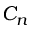
C _ { n }